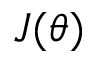
J ( \theta )